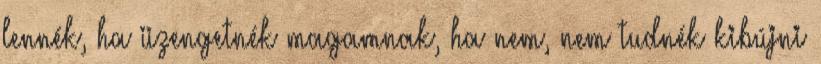
lennék, ha üzengetnék magamnak, ha nem, nem tudnék kibújni